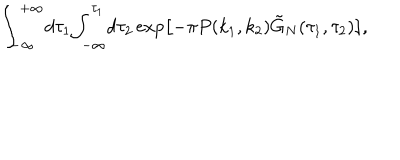
LaTeX: { \int _ { - \infty } ^ { + \infty } } d { \tau _ { 1 } } { \int _ { - \infty } ^ { \tau _ { 1 } } } d { \tau _ { 2 } } \exp \left[ - \pi P ( { k _ { 1 } } , { k _ { 2 } } ) { \tilde { G } _ { N } } ( { \tau _ { 1 } } , { \tau _ { 2 } } ) \right] ,